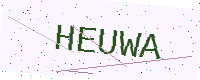
Text: HEUWA